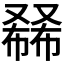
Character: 𰇅